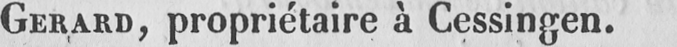
GERARD, propriétaire à Cessingen.